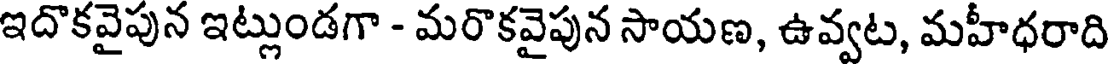
ఇదొకవైపున ఇట్లుండగా - మరొకవైపున సాయణ, ఉవ్వట, మహీధరాది